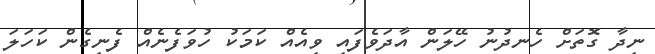
ނިދާ ގޮތަށް ހެނދުނު ހޭލަން އާދަވެފައި ވިއެއް ކަމަކު ހުވަފެނެއް ފެނިގެން ކަހަލަ